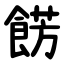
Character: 餝